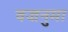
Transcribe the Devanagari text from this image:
वज्रनुमा